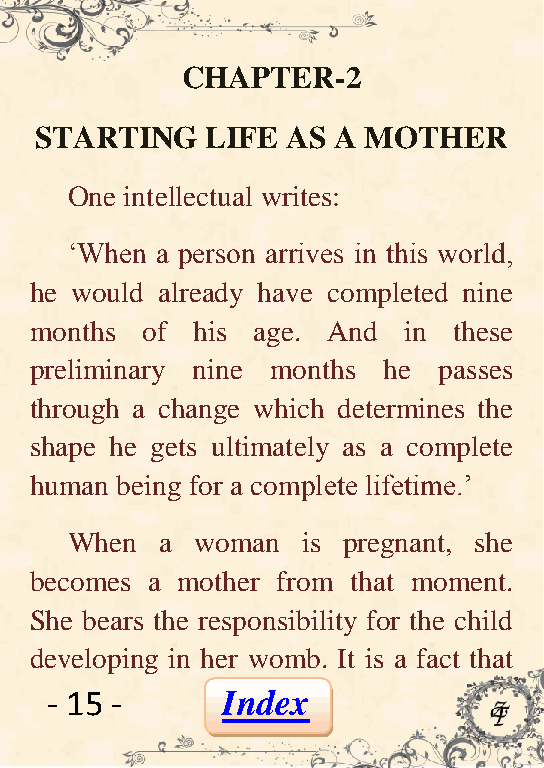
CHAPTER-2
 STARTING    LIFE AS A MOTHER
 One intellectual writes:
 ‘When a person arrives in this world,
 he would already have completed nine
 months of  his age. And  in these
 preliminary nine months he passes
 through a change which determines the
 shape he gets ultimately as a complete
 human being for a complete lifetime.’
 When   a woman  is pregnant, she
 becomes a mother from that moment.
 She bears the responsibility for the child
 developing in her womb. It is a fact that
 - 15 -      Index